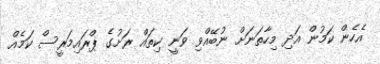
އެހެން ކަމުން އަދި މިހާތަނަށް ނުބޭއްވި ވަނީ ކިތައް ރަށުގެ ޕްރައިމަރީސް ކަމެއް